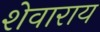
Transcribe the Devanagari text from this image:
शेवाराय